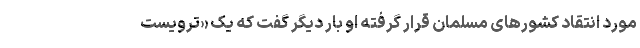
مورد انتقاد کشورهای مسلمان قرار گرفته او بار دیگر گفت که یک «ترویست